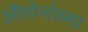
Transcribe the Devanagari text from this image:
अँतोनोव्ना